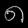
Digit: ၈